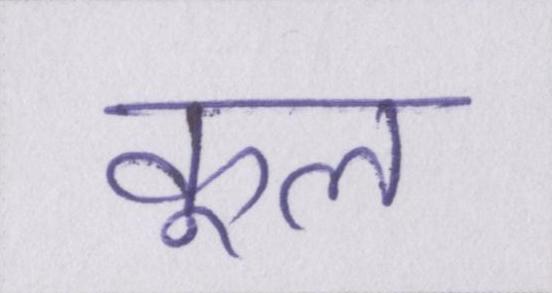
कूल